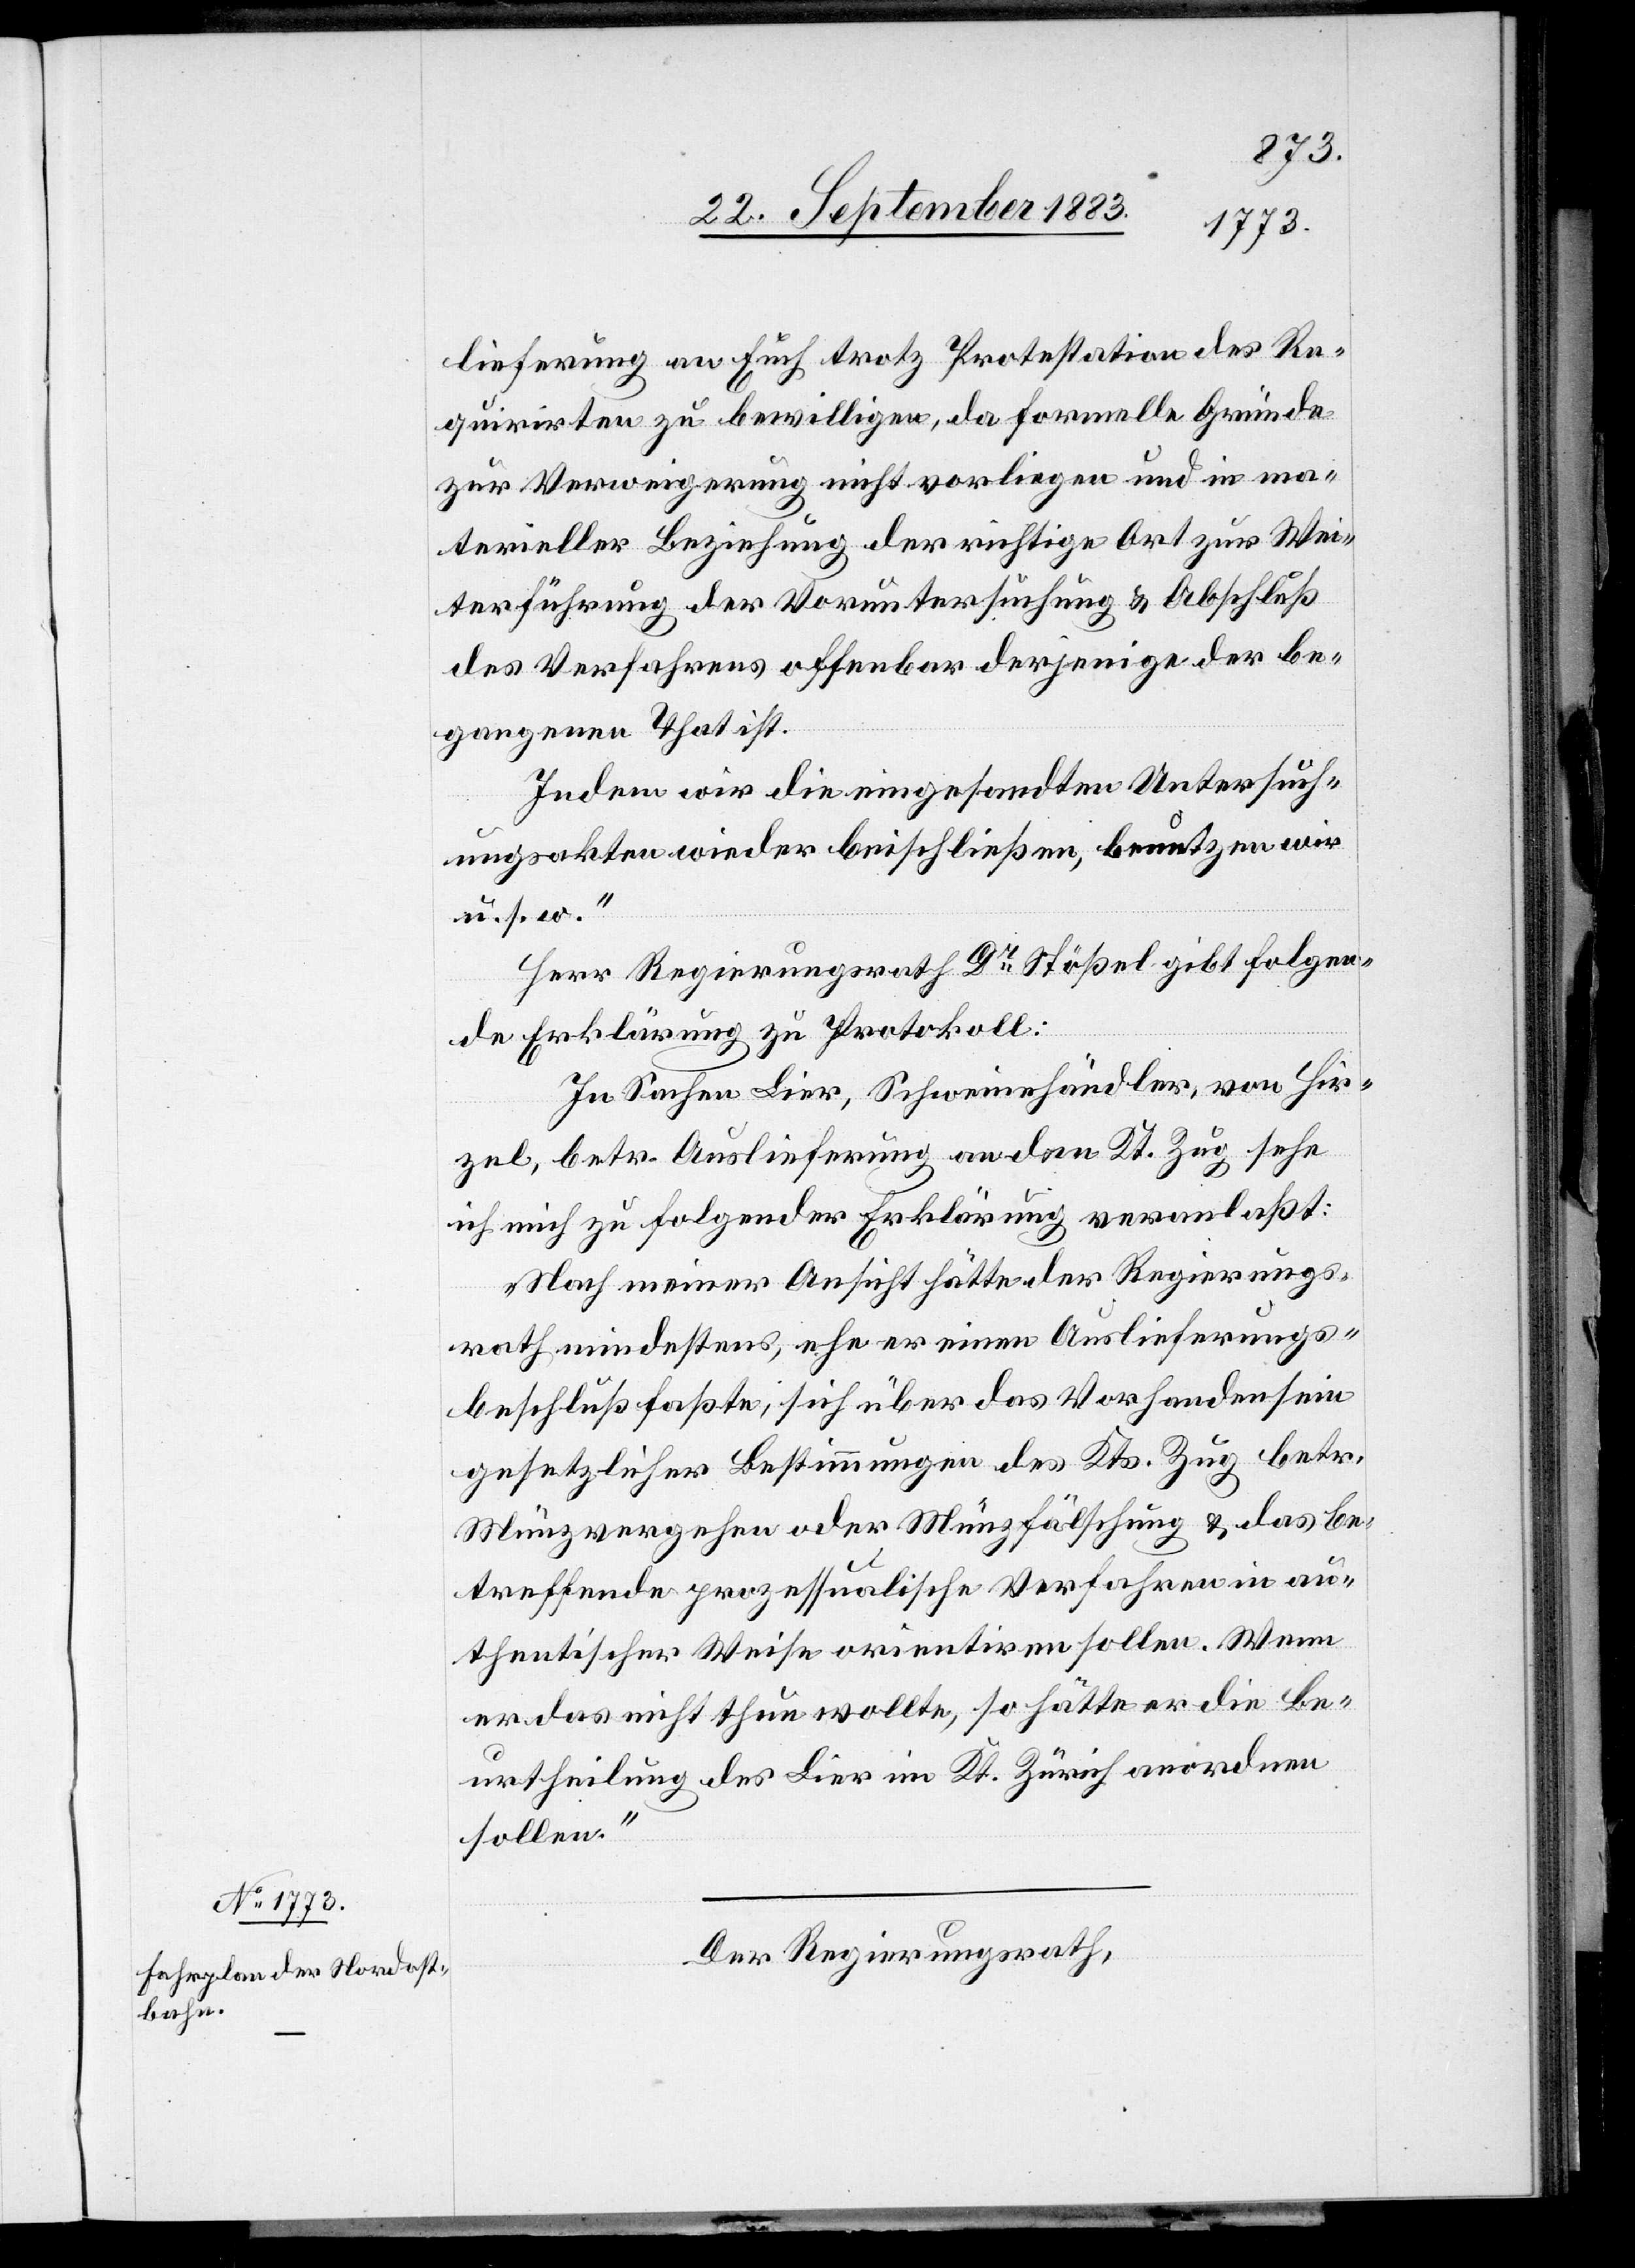
lieferung an Euch trotz Protestation des Re¬
quirirten zu bewilligen, da formelle Gründe
zur Verweigerung nicht vorliegen und in ma¬
terieller Beziehung der richtige Ort zur Wei¬
terführung der Voruntersuchung & Abschluß
des Verfahrens offenbar derjenige der be¬
gangenen That ist.
Indem wir die eingesandten Untersuch¬
ungsakten wieder beischließen, benutzen wir
u. s. w.“
Herr Regierungsrath Dr Stößel gibt folgen¬
de Erklärung zu Protokoll:
In Sachen Lier, Schweinehändler, von Hir¬
zel, betr. Auslieferung an den Kt. Zug sehe
ich mich zu folgender Erklärung veranlaßt:
„Nach meiner Ansicht hätte der Regierungs¬
rath mindestens, ehe er einen Auslieferungs¬
beschluß faßte, sich über das Vorhandensein
gesetzlicher Bestimmungen des Kts. Zug betr.
Münzvergehen oder Münzfälschung & das be¬
treffende prozessualische Verfahren in au¬
thentischer Weise orientiren sollen. Wenn
er das nicht thun wollte, so hätte er die Be¬
urtheilung des Lier im Kt. Zürich anordnen
sollen.“
Der Regierungsrath,